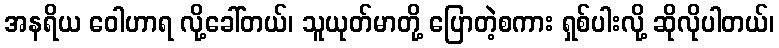
အနရိယ ဝေါဟာရ လို့ခေါ်တယ်၊ သူယုတ်မာတို့ ပြောတဲ့စကား ရှစ်ပါးလို့ ဆိုလိုပါတယ်၊